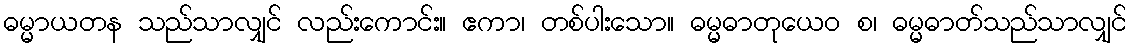
ဓမ္မာယတန သည်သာလျှင် လည်းကောင်း။ ဧကာ၊ တစ်ပါးသော။ ဓမ္မဓာတုယေဝ စ၊ ဓမ္မဓာတ်သည်သာလျှင်